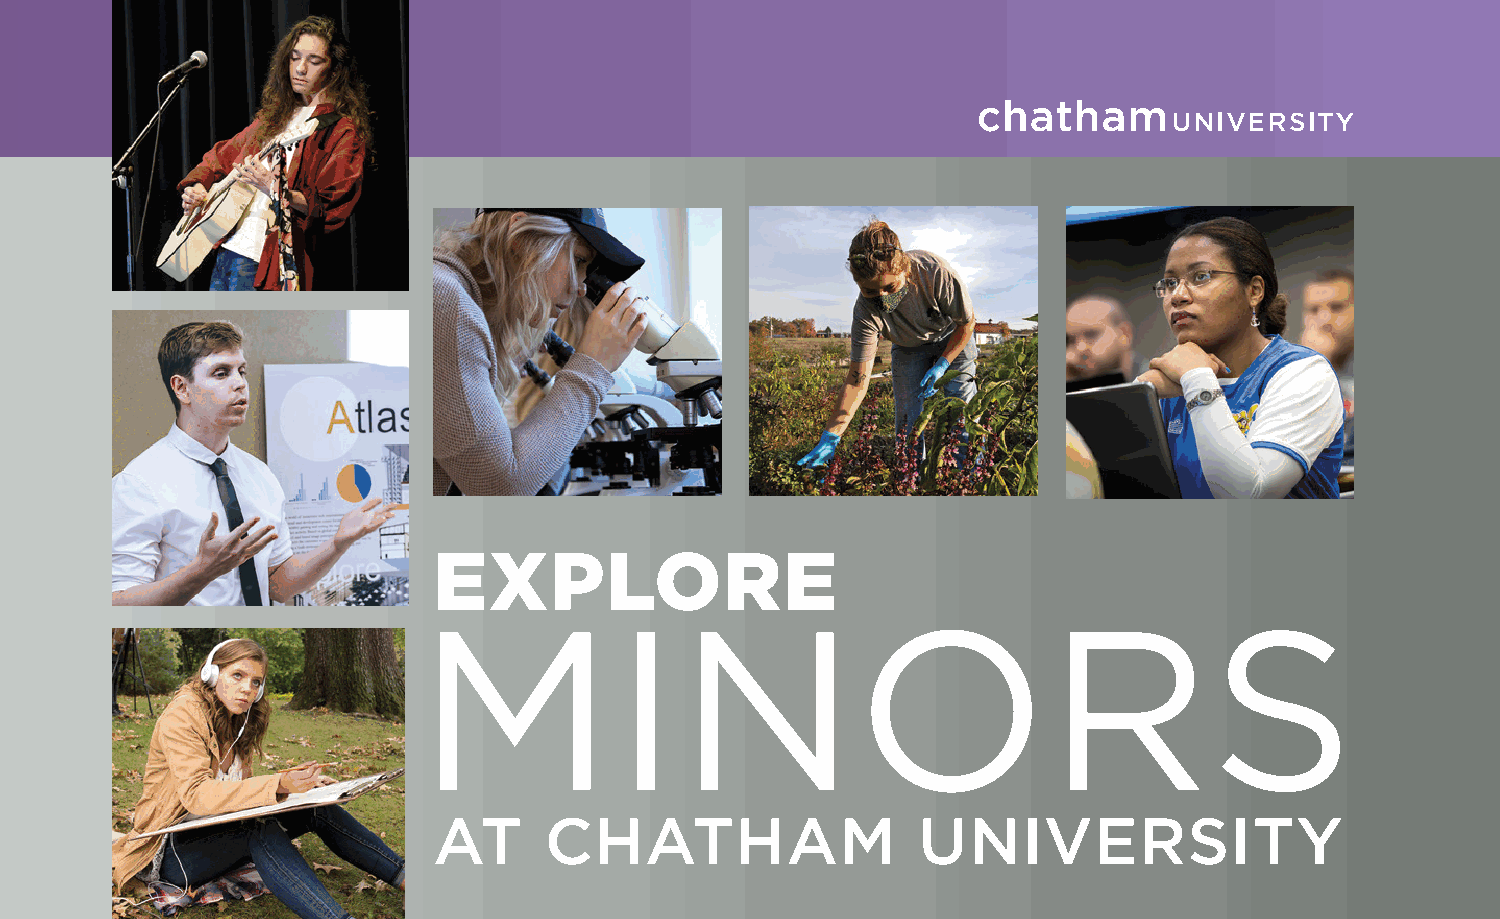
MINORS
 PSYCHOLOGY                             JEWISH  STUDIES
 LEARN MORE AT chatham.edu > Academics > Undergraduate Degrees
 One of Chatham’s largest, the psychology minor gives The Jewish studies minor is an AT CHATHAM UNIVERSITY                               APPLY TODAY AT chatham.edu/apply
 students the opportunity to explore contemporary theory interdisciplinary study of Jewish history,
 and research in psychology while teaching them to think literature, religion, culture, and art dating
 scientifically about behavior and mental processes. Students back centuries. Students explore the
 in the program have flexibility to specialize within their minor connections between past development and
 on a wide range of topics in the world of psychology, including contemporary issues with regard to social,
 development, psychobiology, and abnormal behavior. political, intellectual, economic, cultural,
 Office of Admission
 geographic and technological spheres.
 The program equips students with essential public speaking,                                          Woodland Road
 interpersonal, and research skills to pursue careers in social Aside from deepening cultural appreciation, Pittsburgh, PA 15232
 services, counseling, education, management and more. this minor prepares students for any
 412-365-1825
 endeavor in which they need to distinguish
 Sample courses include:                                                                              undergraduate@chatham.edu
 between fact and interpretation and
 • Motivation
 comprehend their interrelationships;
 • Personality
 extract and interpret information from
 • Abnormal Behavior
 primary and secondary sources; and
 • Psychopharmacology                                                   u “Minoring in English has given me the
 identify and critique arguments and
 • Childhood and Adolescence               evidence.                    opportunity to read and analyze texts that                                                                                  EXPLORE
 • Animal Behavior
 I otherwise would not have studied. It has
 Courses include:
 allowed me to grow personally as they have                                                                                 MINORS
 “A psychology minor is a versatile option as it helps students • Intro to Jewish Studies broadened my worldview and professionally
 explore the human mind and behavior—from understanding • History of Judaism
 as I have developed my analytical and
 how neurons work to understanding societal conflict. • The Holocaust
 professional writing skills.”
 Students are introduced to a broad array of perspectives • Exiles
 — HALEY KUMPF ’23, international business
 in the field—cognitive, social and behavioral, biological, and • Jewish Pittsburgh
 developmental—that can provide new skills, knowledge, and
 areas of exploration in their major disciplines or in their future
 academic and career paths.”                                                                                                                                                                        AT      CHATHAM                  UNIVERSITY
 —DR. NICHOLE BAYLISS, associate professor & program coordinator
 0821
 SRONIM
 DERUTAEF